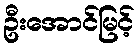
ဦးအောင်မြင့်